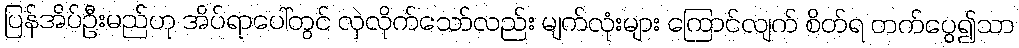
ပြန်အိပ်ဦးမည်ဟု အိပ်ရာပေါ်တွင် လှဲလိုက်သော်လည်း မျက်လုံးများ ကြောင်လျက် စိတ်ရ တက်ပွေ၍သာ